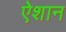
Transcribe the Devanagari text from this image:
ऐशान